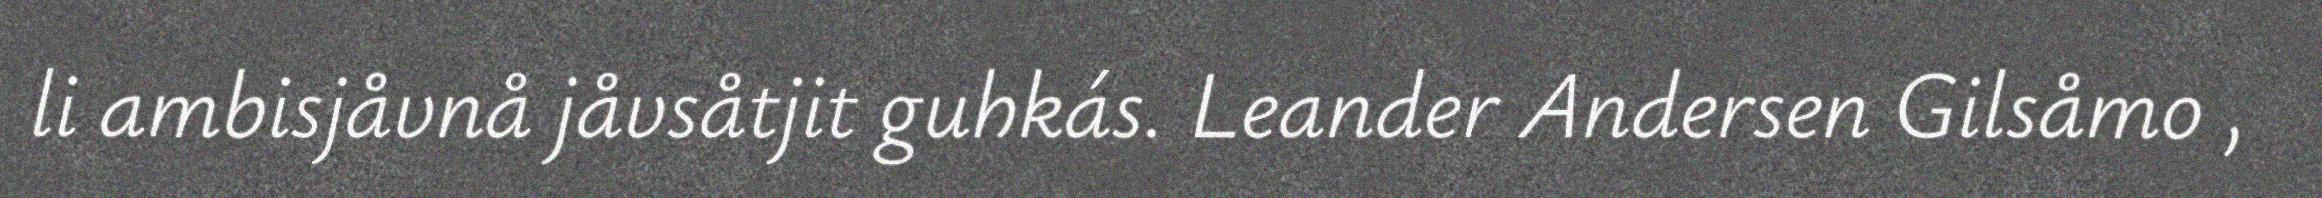
li ambisjåvnå jåvsåtjit guhkás. Leander Andersen Gilsåmo ,